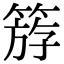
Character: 𥯞